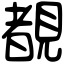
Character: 覩